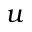
u